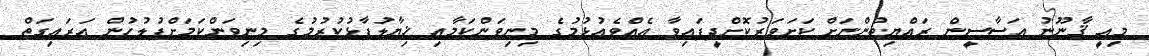
މިއީ ޤާނޫނު އަސާސީން ރައްޔިތުންނަށް ކަށަވަރުކޮށްދީފައިވާ އެއްވެއުޅުމުގެ މިނިވަންކަމާއި ޚިޔާލުފާޅުކުރުމުގެ މިނިވަންކަމަށްފުލުހުން އަރައިގަތް